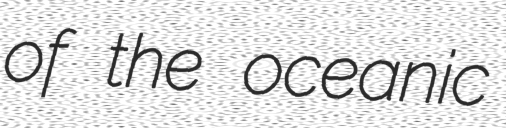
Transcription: of the oceanic